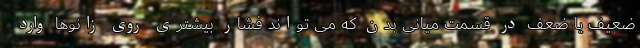
ضعیف یا ضعف در قسمت میانی بدن که می تواند فشار بیشتری روی زانوها وارد